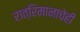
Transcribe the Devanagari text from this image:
रात्रिमानाचेही